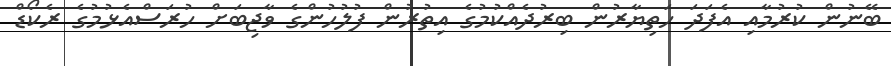
ބޭނުން ކުރުމާއި އެފަދަ ހަތިޔާރުން ބިރުދެއްކުމުގެ އިތުރުން ފުލުހުންގެ ވާޖިބަށް ހުރަސްއެޅުމުގެ ރެކޯޑް